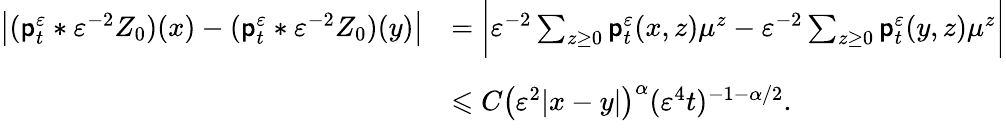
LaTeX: \begin{array}{rl}{\big|(\mathsf{p}_{t}^{\varepsilon}\ast\varepsilon^{-2}Z_{0})(x)-(\mathsf{p}_{t}^{\varepsilon}\ast\varepsilon^{-2}Z_{0})(y)\big|}&{=\bigg\vert\varepsilon^{-2}\sum_{z\ge 0}\mathsf{p}_{t}^{\varepsilon}(x,z)\mu^{z}-\varepsilon^{-2}\sum_{z\ge 0}\mathsf{p}_{t}^{\varepsilon}(y,z)\mu^{z}\bigg\vert}\\ &{\leqslant C\left(\varepsilon^{2}\vert x-y\vert\right)^{\alpha}(\varepsilon^{4}t)^{-1-\alpha/2}.\vphantom{\bigg(}}\end{array}